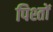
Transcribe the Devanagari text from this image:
पिश्तों